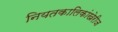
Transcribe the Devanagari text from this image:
नियतकालिकांखेरीज